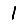
Digit: 1